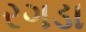
રગડા